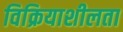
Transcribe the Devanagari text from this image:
विक्रियाशीलता